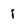
Character: i